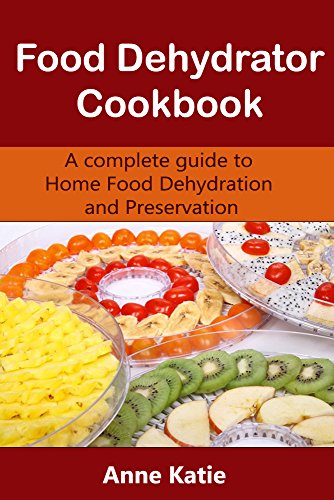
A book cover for Food Dehydrator Cookbook: A basic guide to make your own jerky, snack, drying vegetable and fruits; Anne Katie; Cookbooks, Food & Wine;